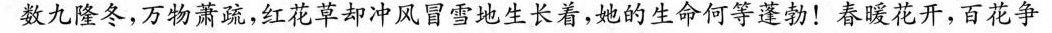
数九隆冬，万物萧疏，红花草却冲风冒雪地生长着，她的生命何等蓬勃！春暖花开，百花争